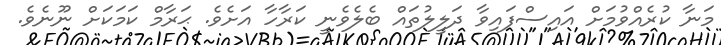
މަނާ ކުރެއްވުމަށް އައިސްފައިވާ ދަލީލުތައް ބެލެވެނީ ކަރާހާ އަށެވެ. ޙަރާމް ކަމަކަށް ނޫނެވެ.